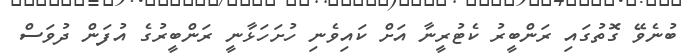
ބުނެވޭ ގޮތުގައި ރަންބީރު ކެޓުރީނާ އަށް ކައިވެނި ހުށަހަޅާނީ ރަންބީރުގެ އުފަން ދުވަސް